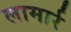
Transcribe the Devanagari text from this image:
लामार्र